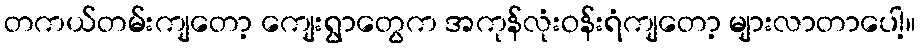
တကယ်တမ်းကျတော့ ကျေးရွာတွေက အကုန်လုံးဝန်းရံကျတော့ များလာတာပေါ့။